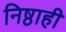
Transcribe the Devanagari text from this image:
निष्ठाही